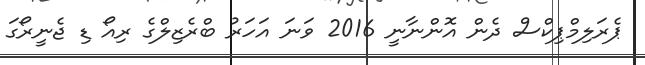
ޕެރަލިމްޕިކްސް ދެން އޮންނާނީ 2016 ވަނަ އަހަރު ބްރެޒިލްގެ ރިއޯ ޑި ޖެނީރޯގަ